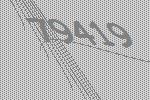
79419